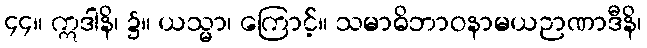
၄၄။ ဣဒါနိ၊ ၌။ ယသ္မာ၊ ကြောင့်။ သမာဓိဘာဝနာမယဉာဏာဒီနိ၊